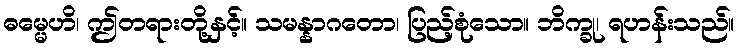
ဓမ္မေဟိ၊ ဤတရားတို့နှင့်။ သမန္နာဂတော၊ ပြည့်စုံသော။ ဘိက္ခု၊ ရဟန်းသည်။